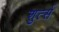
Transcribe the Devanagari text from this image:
शुर्त्स